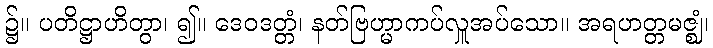
၌။ ပတိဋ္ဌာဟိတွာ၊ ၍။ ဒေဝဒတ္တံ၊ နတ်ဗြဟ္မာကပ်လှူအပ်သော။ အရဟတ္တမဇ္ဈံ၊